system: You are a helpful assistant.
user:
Analyze the provided spectrum to determine if it is a **"Cataclysmic Variables (CV)"**.

- **Key Indicators for CV (Check for either state):**
    - **State 1: Quiescent / Low-State (Emission-Dominated)**
        - **(Primary):** Strong and *very broad* Hydrogen Balmer emission lines (e.g., $H\alpha$ at 6563 Å, $H\beta$ at 4861 Å). The 'broadness' (high velocity dispersion, often FWHM > 1000 km/s) is the key diagnostic, indicating a high-velocity accretion disk.
        - **(Secondary):** Broad neutral Helium (He I) emission lines (e.g., 5876 Å, 6678 Å).
        - **(Key Confirmation):** Presence of high-excitation *ionized* Helium (He II) emission at 4686 Å. This is a strong indicator of accretion onto a white dwarf.
        - **(Line Profile):** Emission lines may exhibit a 'double-peaked' profile, which is a classic signature of a rotating accretion disk viewed at high inclination.

    - **State 2: Outburst / High-State (Absorption-Dominated)**
        - **(Primary):** Spectrum is dominated by a bright, blue continuum (looks like a hot star).
        - **(Secondary):** The emission lines from State 1 are weak, absent, or 'filled in', and are replaced by broad, shallow *absorption* lines (primarily Balmer and He I).
        - **(Morphology):** The overall spectrum mimics a hot B/A-type star. The crucial difference is that the absorption lines are significantly broader, shallower, and more 'washed-out' (or 'smeared') than the sharp lines of a normal stellar photosphere, due to high rotational speeds and pressure broadening in the disk.

Think first, call **spectral_visualization_tool** if needed to examine features in detail, then provide your final answer. Your response must adhere to the following strict rules:
1.  **Overall Structure:** Your response must follow the format `<think>...</think> <tool_call>...</tool_call> (if a tool is used) <answer>...</answer>`.
2.  **Tool Usage Constraint:** You may only make **one** tool call per turn.
3.  **Final Answer Format:** In the `<answer>` tag, your conclusion must be inside a `\boxed{}` command (e.g., `\boxed{YES}`), followed by your justification.

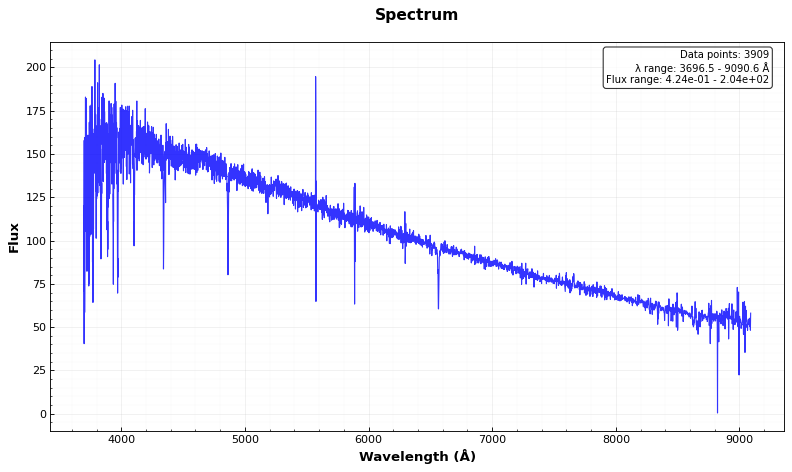
Answer: NO